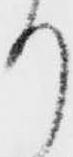
り